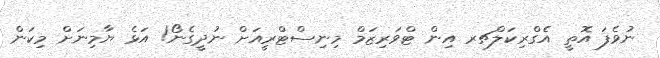
ނުވެފަ އޮތީ އެގްރިކަލްޗރ އިން ޓްވަރިޒަމް މިނިސްޓްރީއަށް ނުދީގެނޯ! އަޅެ ޔާމިނަށް މިކަން